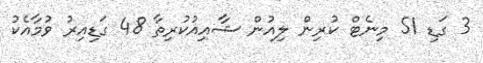
3 ގަޑި 51 މިނެޓް ކުރިން ލިއުން ޝާއިއުކުރިތާ 48 ގަޑިއިރު ވުމާއެކު